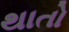
થાતો